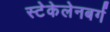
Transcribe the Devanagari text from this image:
स्टेकेलेनबर्ग